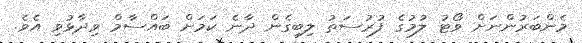
މެންބަރުންނަށް ވޯޓު ލުމުގެ ފުރުސަތު ލިބިގެން ދާނެ ކަމަށް ބައްސާމް ވިދާޅުވި އެވެ.